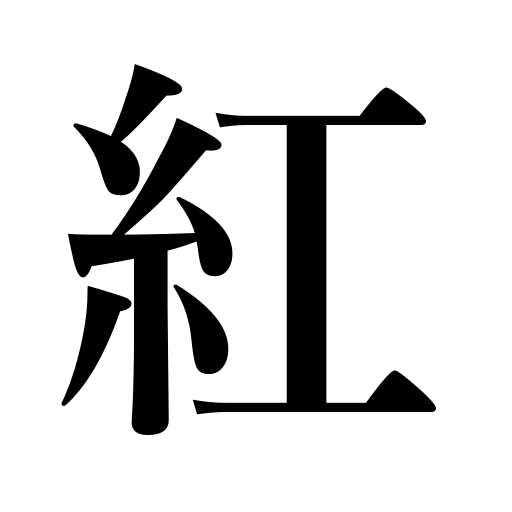
Meanings: deep red,crimson,lipstick,red,rouge